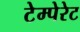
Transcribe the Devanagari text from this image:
टेम्पेरेट